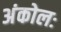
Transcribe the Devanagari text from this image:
अंकोलः